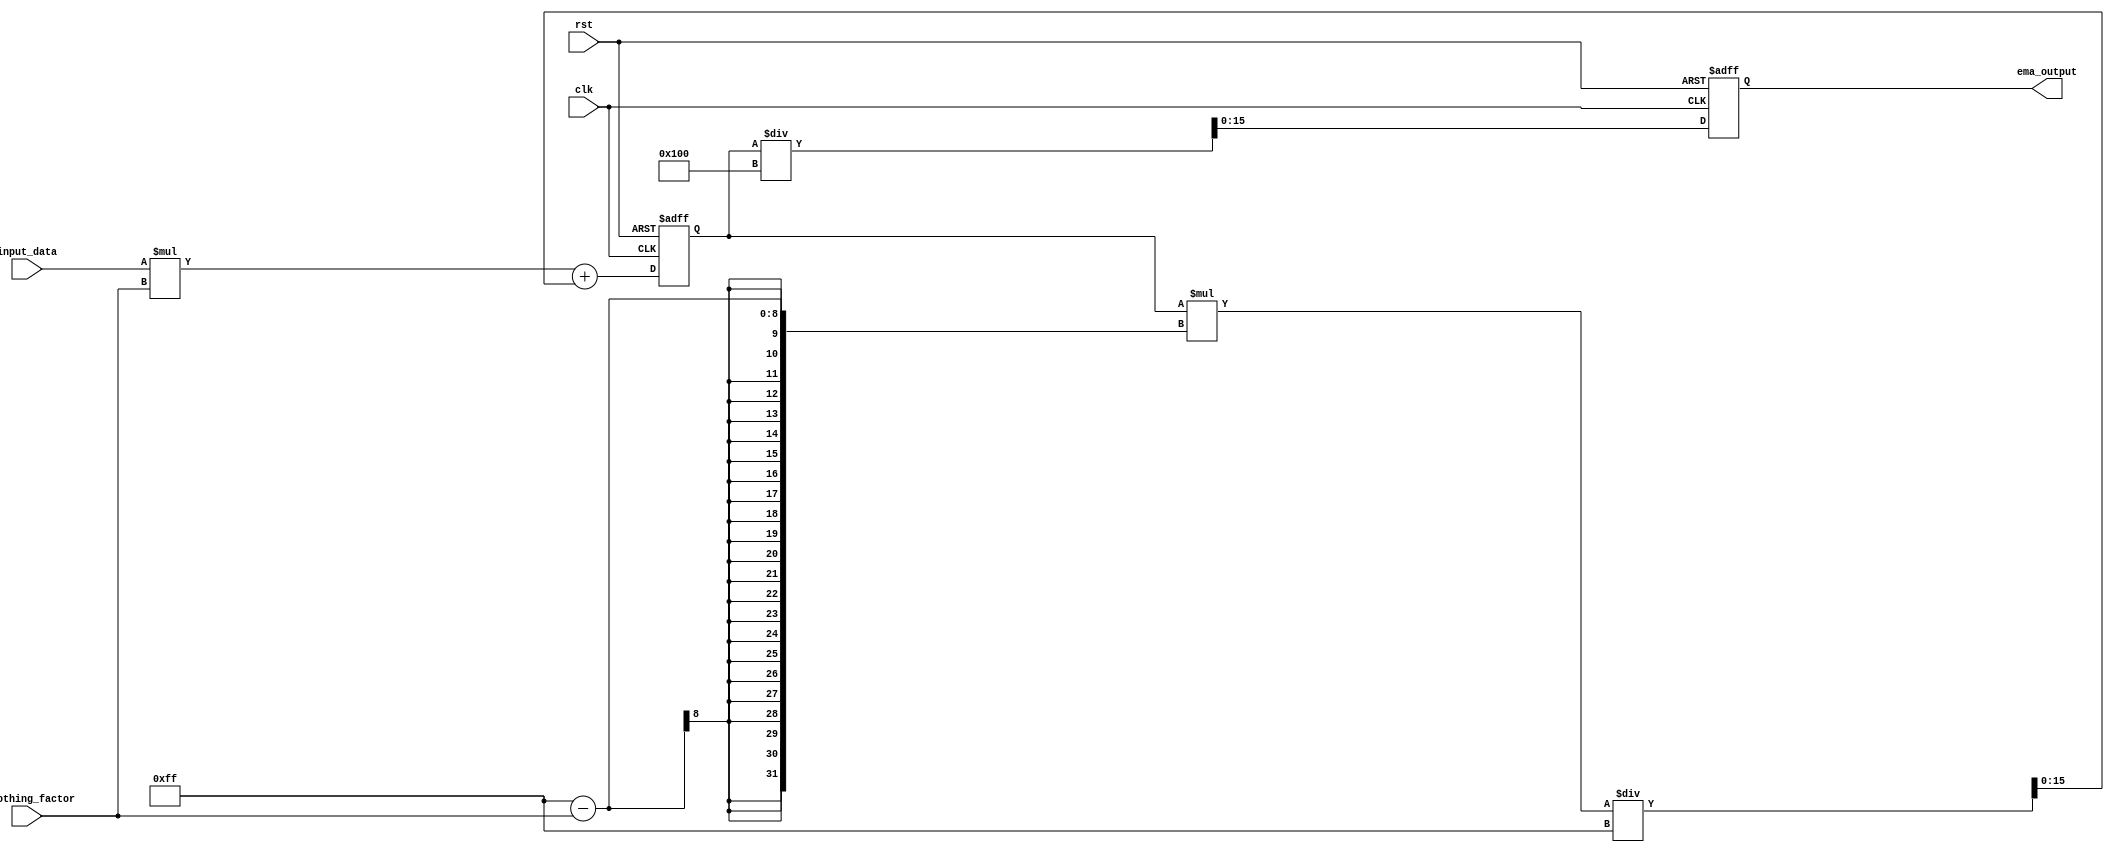
module ema_accumulator (
    input clk,
    input rst,
    input [7:0] input_data,
    input [7:0] smoothing_factor,
    output reg [15:0] ema_output
);

reg [15:0] ema_accumulation;

always @(posedge clk or posedge rst) begin
    if (rst) begin
        ema_accumulation <= 0;
        ema_output <= 0;
    end else begin
        ema_accumulation <= (input_data * smoothing_factor) + (ema_accumulation * (255 - smoothing_factor)) / 255;
        ema_output <= ema_accumulation / 256;
    end
end

endmodule